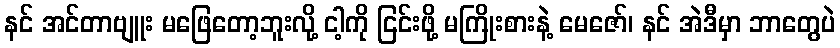
နင် အင်တာဗျူး မဖြေတော့ဘူးလို့ ငါ့ကို ငြင်းဖို့ မကြိုးစားနဲ့ မေဇော်၊ နင် အဲဒီမှာ ဘာတွေပဲ